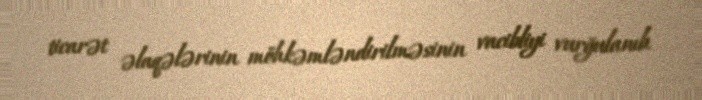
ticarət əlaqələrinin möhkəmləndirilməsinin vacibliyi vurğulanıb.